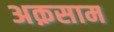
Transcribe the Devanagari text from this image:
अक़साम